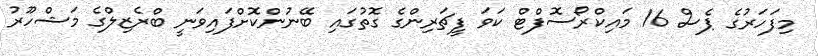
މިފަހަރުގެ ޕެސް 16 މައިކްރޯސޮފްޓް ކަވަ ފީޗަރިންގެ ގޮތުގައި ބޭނުންކޮށްފައިވަނީ ބްރެޒިލްގެ މަޝްހޫރު